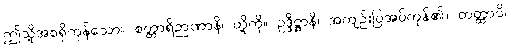
ဤသို့အစရှိကုန်သော။ စတ္တာရိဉာဏာနိ၊ တို့ကို။ ဥဒ္ဒိဋ္ဌာနိ၊ အကျဉ်းပြအပ်ကုန်၏။ တတ္ထာပိ၊